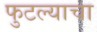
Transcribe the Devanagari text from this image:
फुटल्याचा